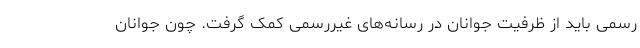
رسمی باید از ظرفیت جوانان در رسانه‌های غیررسمی کمک گرفت. چون جوانان